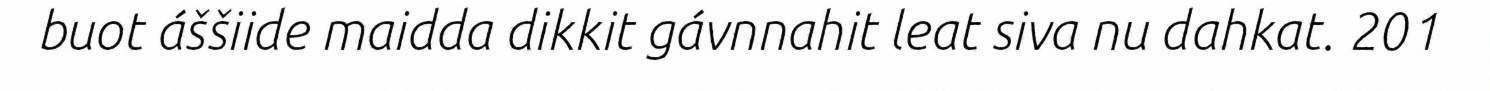
buot áššiide maidda dikkit gávnnahit leat siva nu dahkat. 201